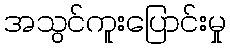
အသွင်ကူးပြောင်းမှု